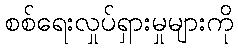
စစ်ရေးလှုပ်ရှားမှုများကို